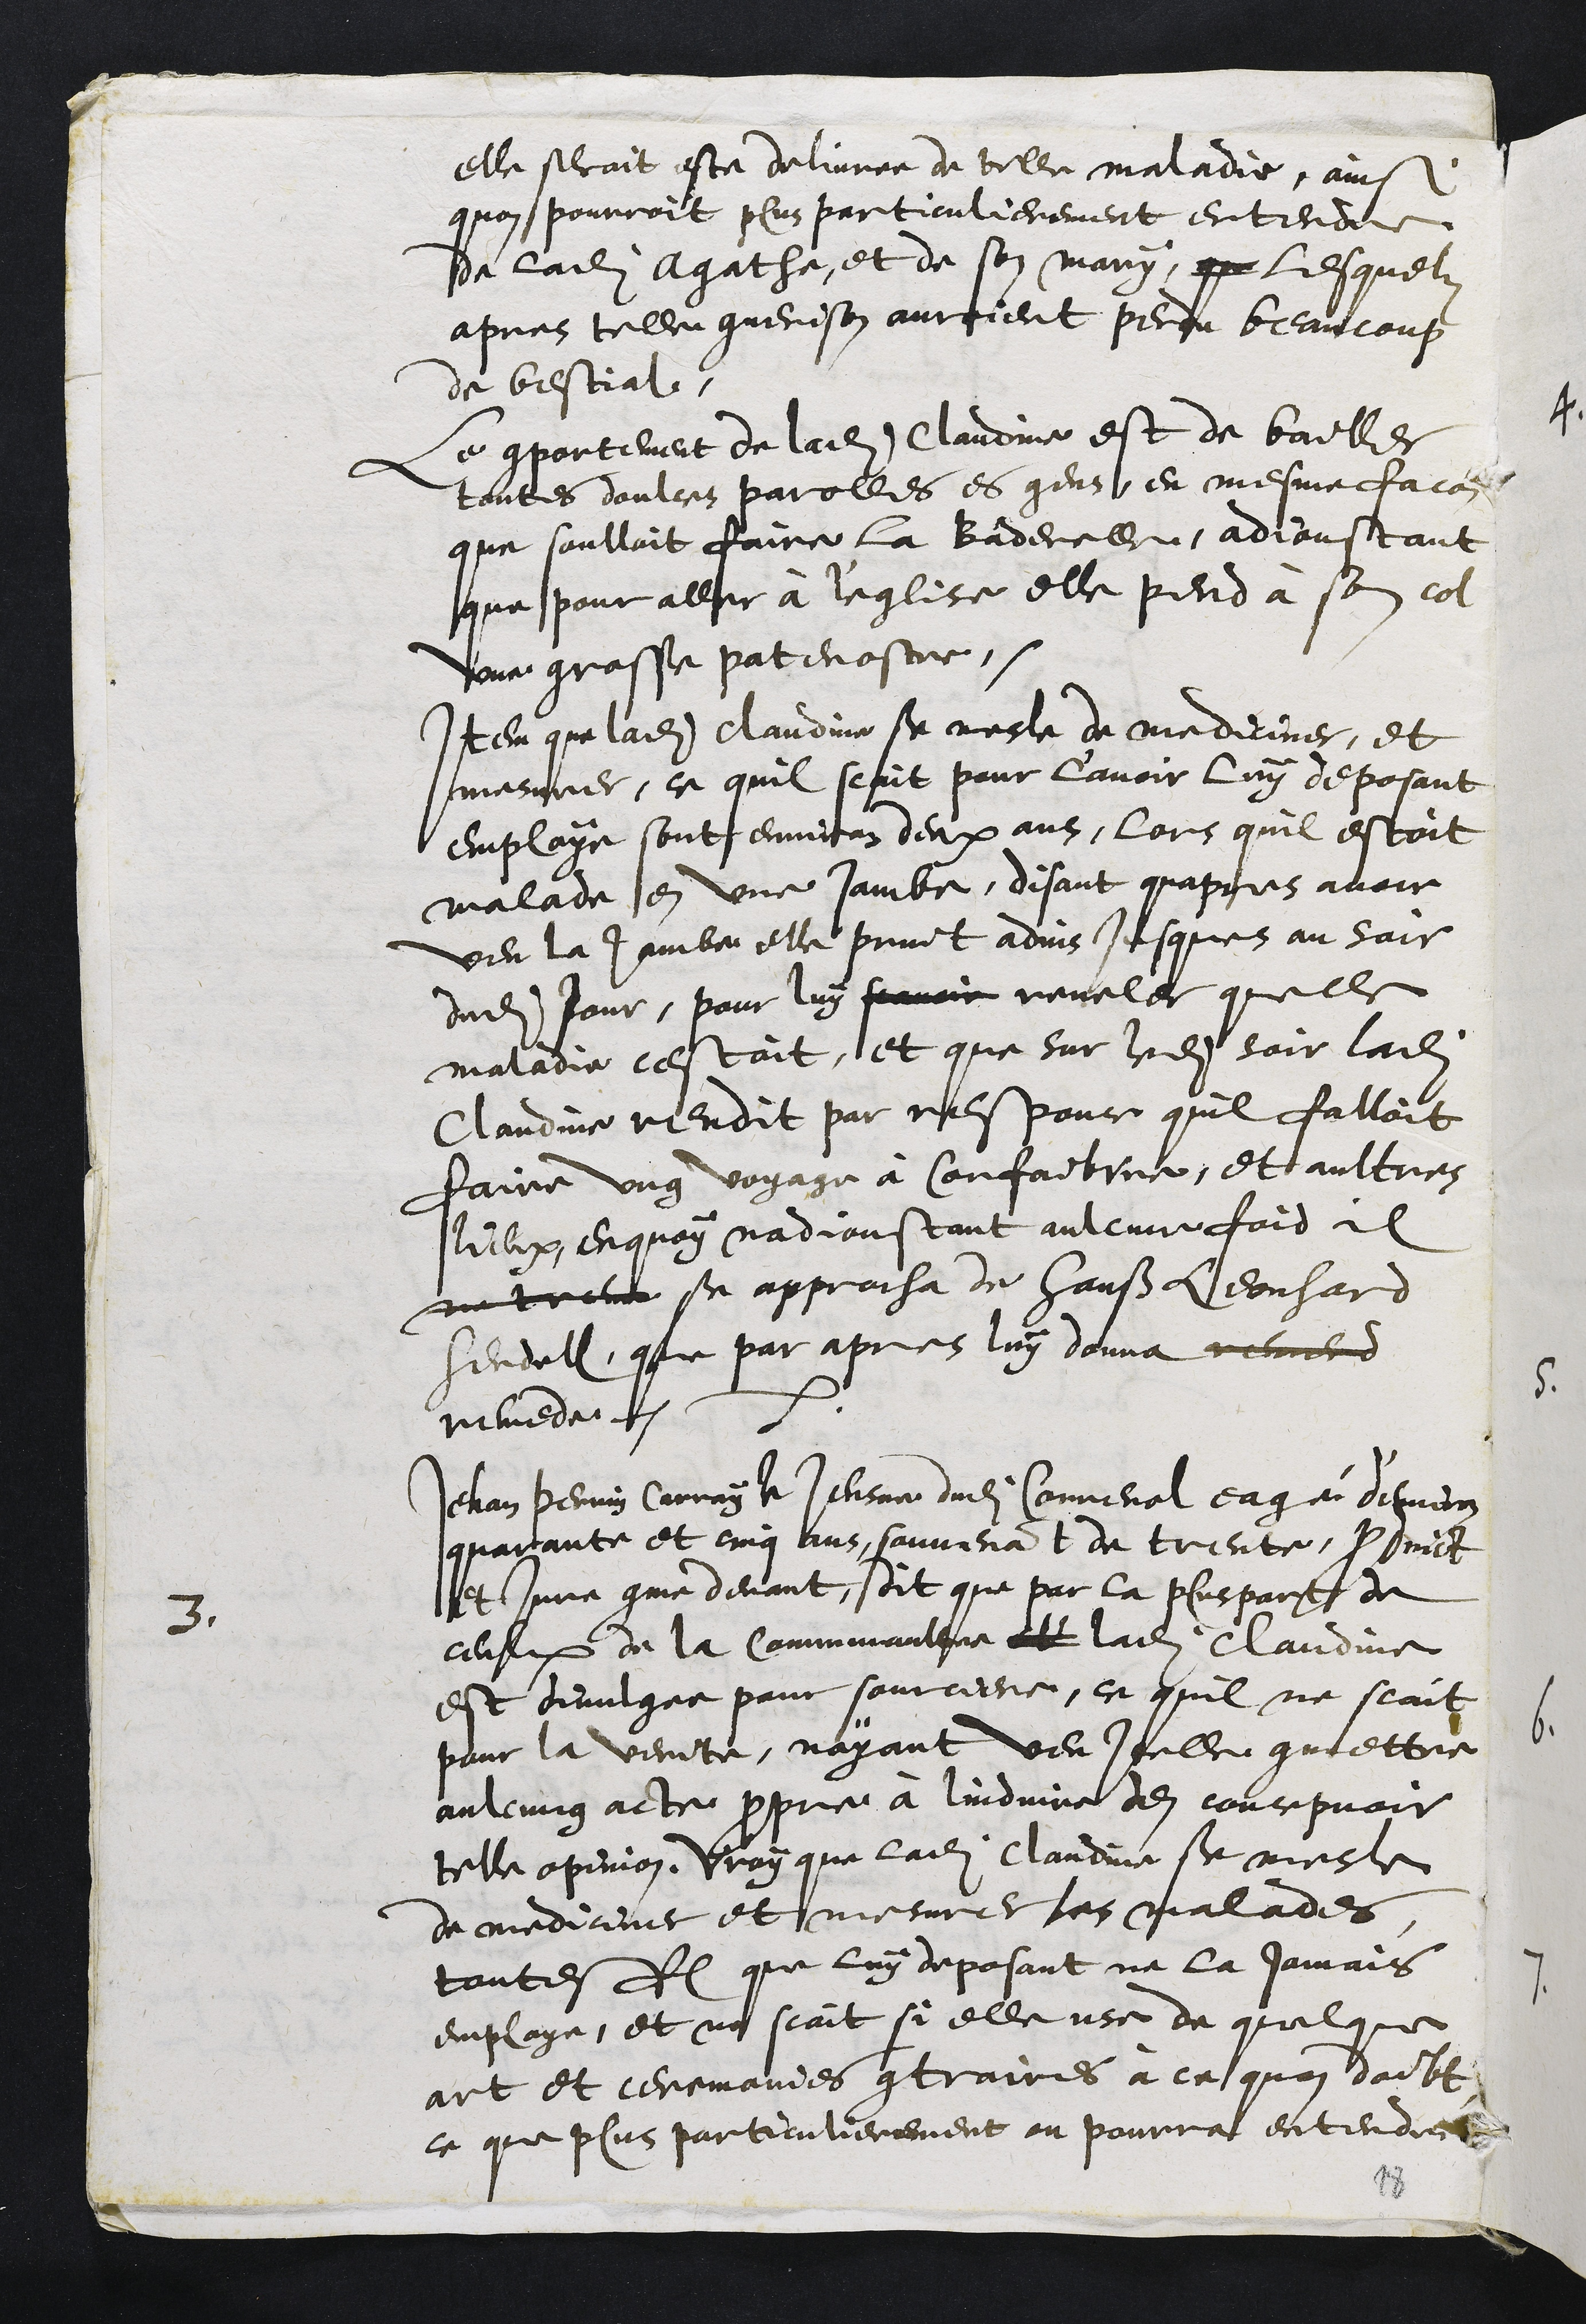
elle seroit este delivree de telle maladie, ainsi
quon pourroit plus particulierement entendre
de ladite Agathe, et de son mary, qu lesquelz
apres telle guerison auroient perdu beaucoup
de bestial,
Le comportement de ladite Claudine est de bailler
toutes doulces parolles es gens en mesme facon
que soulloit faire la Baderelle, adjoustant
que pour aller à l'eglise elle pend à son col
une grosse pattenostre
Item que ladite Claudine se mesle de mediciner, et
mesurer, ce quil scait pour l'avoir luy deposant
employe sont environ deux ans, lors quil estoit
malade en une jambe, disant quapres avoir
veu la jambe elle print advis jusques au soir
dudit Jour, pour luy scavoir reveler quelle
maladie cestoit, et que sur ledit soir ladite
Claudine rendit par responce quil falloit
faire ung voyage à Corfaibvre, et aultres
lieux, enquoy nadjoustant aulcune foid il
ne treuv se approcha de Hanß Leonhard
Hendell, que par apres luy donna remerds
remede
3.
Jehan Perrin Carray le jeusne dudit Correnol eagé d'environ
quarante et cinq ans, souvenant de trente, produict
et jure comme devant, dit que par la pluspart de
ceulx de la Communaultee et ladite Claudine
est divulgee pour sourciere, ce quil ne scait
pour la verite, nayant veu Icelle commettre
aulcung acte propre à linduire den concepvoir
telle opinion. Vray que ladite Claudine se mesle
de mediciner et mesurer les malades
toutesfois que luy deposant ne la jamais
employe, et ne scait si elle use de quelque
art et ceremonies contraires à ce quon doibt
ce que plus particulierement on pourra entendre
18